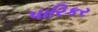
પારિકર